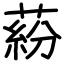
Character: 蒶